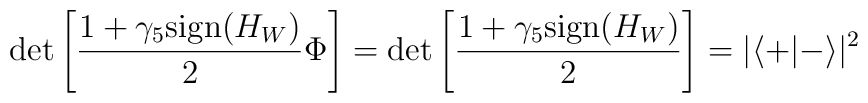
\det \left [ \frac{1+\gamma_5{\rm sign}{(H_W)}}{2} \Phi \right]=\det \left [ \frac{1+\gamma_5{\rm sign}{(H_W)}}{2} \right]=|\langle + | -\rangle|^2